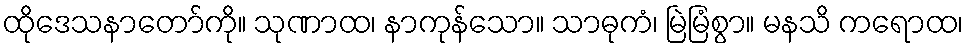
ထိုဒေသနာတော်ကို။ သုဏာထ၊ နာကုန်သော။ သာဓုကံ၊ မြဲမြံစွာ။ မနသိ ကရောထ၊